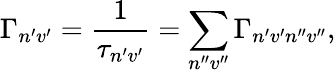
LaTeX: \Gamma_{n^{\prime}v^{\prime}}=\frac{1}{\tau_{n^{\prime}v^{\prime}}}=\sum_{n^{\prime\prime}v^{\prime\prime}}\Gamma_{n^{\prime}v^{\prime}n^{\prime\prime}v^{\prime\prime}},